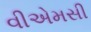
વીએમસી